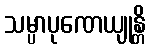
သမ္ပာပုဏေယျုန္တိ